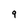
Character: 9